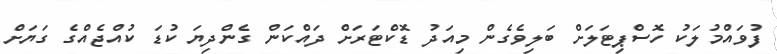
ފުވައްމުލަކު ހޮސްޕިޓަލަށް ބަލިވެގެން މިއަދު ޑޮކްޓަރަށް ދައްކަން ގެންދިޔަ ކުޑަ ކުއްޖެއްގެ ގަޔަށް